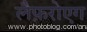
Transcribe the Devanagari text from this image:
लैफ़रोएग